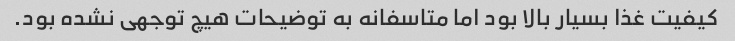
کیفیت غذا بسیار بالا بود اما متاسفانه به توضیحات هیچ توجهی نشده بود.